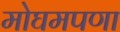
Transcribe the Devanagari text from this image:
मोघमपणा